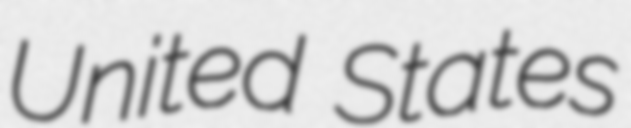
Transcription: United States